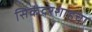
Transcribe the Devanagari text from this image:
सिकंदरशाहचा